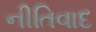
નીતિવાદ